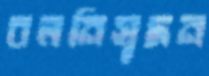
বলনিসূদন